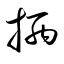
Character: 抦